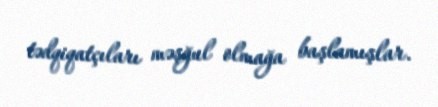
tədqiqatçıları məşğul olmağa başlamışlar.